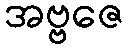
အဗ္ဗဇေ